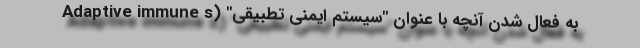
به فعال شدن آنچه با عنوان "سیستم ایمنی تطبیقی" (Adaptive immune s